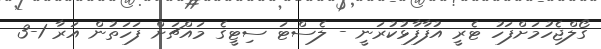
ގޯލްޖެހުމަށްފަހު ޓެރީ އުފާފާޅުކުރަނީ - ލެސްޓަ ސިޓީގެ މައްޗަށް ފަހަތުން އަރާ 1-3